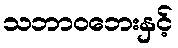
သဘာဝဘေးနှင့်